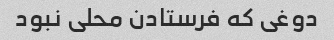
دوغی که فرستادن محلی نبود